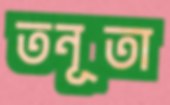
তনূতা